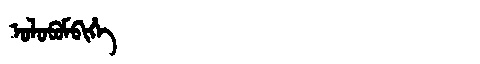
Manchu: ᠣᠯᠣᠪᡠᠮᠪᡳᡥᡝ
Romanization: OLOBUMBIHE